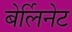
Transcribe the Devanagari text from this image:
बेर्लिनेट